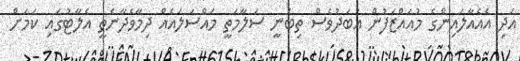
އަދި އެއެއާލައިންގެ މުއައްޒަފުން އަބަދުވެސް ތިބެނީ ސަލާމަތީ މައްސަލައެއް ދިމާވެދާނެތީ އެލާޓުގައި ކަމަށް